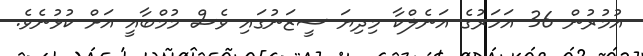
އުމުރުން 36 އަހަރުގެ އަނެލްކާ މިދިޔަ ސީޒަނުގައި ވެސް މުމްބާއީ އަށް ކުޅުނެވެ.